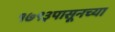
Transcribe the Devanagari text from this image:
१७९३पासूनच्या